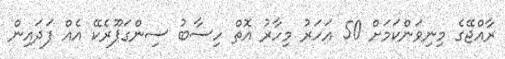
ރާއްޖޭގެ މިނިވަންކަމަށް 50 އަހަރު މިހާރު އޮތް ހިސާބު ސިންގަޕޫރެކޭ އެއް ފަދައިން